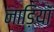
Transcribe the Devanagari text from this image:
नाड़ियॉं